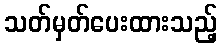
သတ်မှတ်ပေးထားသည့်